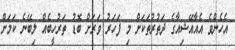
އެހެންވެ އެއާއޭޝިއާގެ ދަތުރުތަކަށް މި ފަހަރު ވަރަށް ބޮޑު ތަރުހީބެއް ލިބޭނެ ކަމަށް